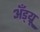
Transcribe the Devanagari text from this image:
अँड्य्रू